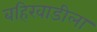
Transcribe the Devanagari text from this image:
बहिरवाडीला